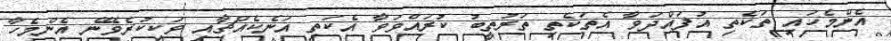
އެންމެހައި ތަކެތި އުފައްދަވާ އެތަކެތި ތަރުތީބު ކުރައްވަވާ އެކަތި އަނެކެއްޗާއި ވަކިކުރެވޭނެ އެންމެހާ